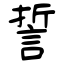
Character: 誓